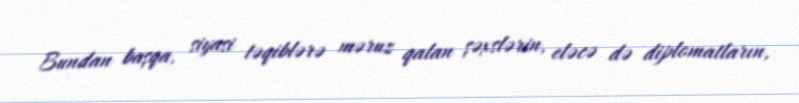
Bundan başqa, siyasi təqiblərə məruz qalan şəxslərin, eləcə də diplomatların,